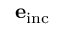
\mathbf { e } _ { \mathrm { i n c } }